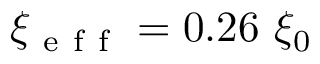
\xi _ { \mathrm { ~ e ~ f ~ f ~ } } = 0 . 2 6 \ \xi _ { 0 }